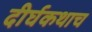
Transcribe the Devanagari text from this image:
दीर्घकथाच